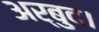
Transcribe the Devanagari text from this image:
अर्बुद।